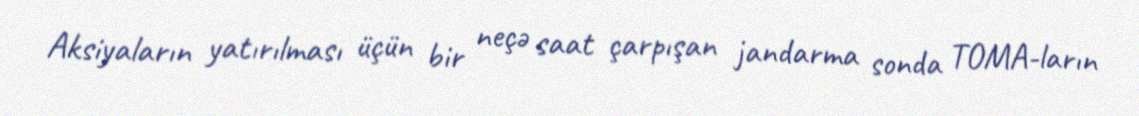
Aksiyaların yatırılması üçün bir neçə saat çarpışan jandarma sonda TOMA-ların